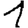
Digit: 1